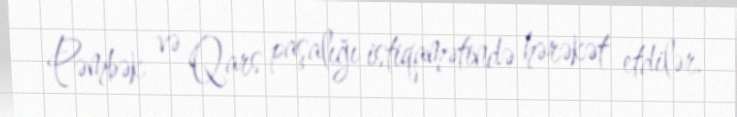
Pəmbək və Qars paşalığı istiqamətində hərəkət etdilər.